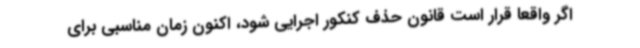
اگر واقعا قرار است قانون حذف کنکور اجرایی شود، اکنون زمان مناسبی برای